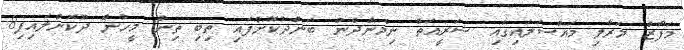
މަފާޒް މަރާލި މައްސަލައިގައި ޝަރީއަތް ނިމެންދެން ބަންދުކޮށްފައި ތިބި ތިން މީހުން ދޫކޮށްލައިފި8